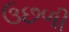
ઉછળી